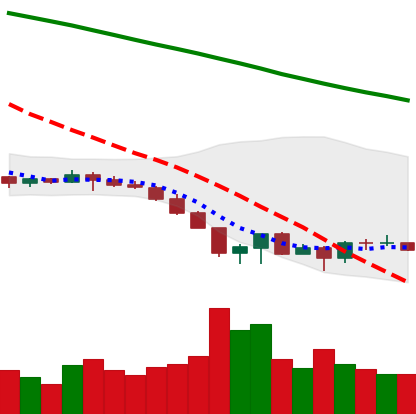
Ticker: EOS-USD
Chart end date: 2022-06-22
Forward return: 6.237%
Label: up_5_7